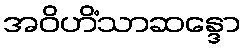
အဝိဟိံသာဆန္ဒော